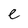
Character: e